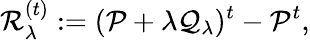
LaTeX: \mathcal{R}_{\lambda}^{(t)}:=(\mathcal{P}+\lambda\mathcal{Q}_{\lambda})^{t}-\mathcal{P}^{t},